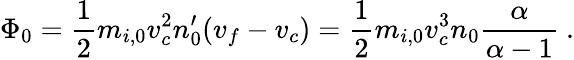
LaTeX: \Phi_{0}=\frac{1}{2}m_{i,0}v_{c}^{2}n_{0}^{\prime}(v_{f}-v_{c})=\frac{1}{2}m_{i,0}v_{c}^{3}n_{0}\frac{\alpha}{\alpha-1}\ .